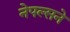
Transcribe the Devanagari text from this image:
नेपल्सने